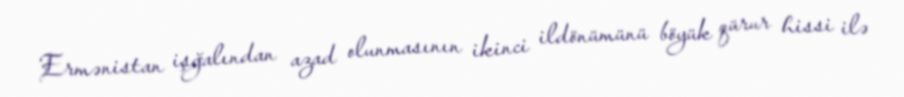
Ermənistan işğalından azad olunmasının ikinci ildönümünü böyük qürur hissi ilə